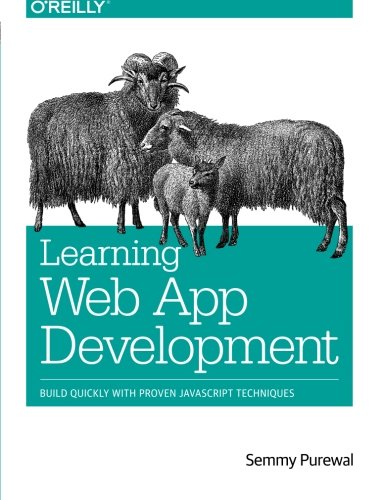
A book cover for Learning Web App Development; Semmy Purewal; Computers & Technology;